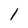
Character: 1